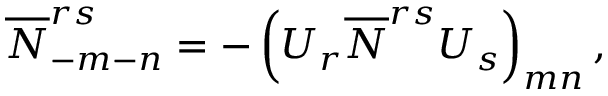
\overline { { { N } } } _ { - m - n } ^ { r s } = - \left( U _ { r } \overline { { { N } } } ^ { r s } U _ { s } \right) _ { m n } ,